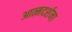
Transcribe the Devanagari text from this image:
आत्मदर्शना